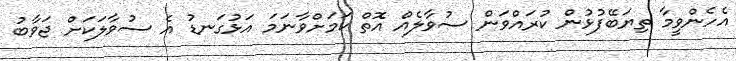
އެހެންވީމާ ތިޔަބޭފުޅުން ކުރައްވަން ސުވާލެއް އޮތް ކަމަށްވާނަމަ އަޅުގަނޑު އެ ސުވާލަކަށް ޖަވާބު